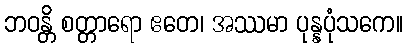
ဘဝန္တိ စတ္တာရော ဧတေ၊ အဿမာ ပုန္နပုံသကေ။